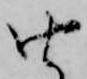
由